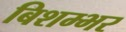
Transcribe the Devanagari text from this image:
बिशम्भर